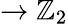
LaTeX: \to\mathbb{Z}_{2}